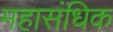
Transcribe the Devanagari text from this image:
महासंधिक